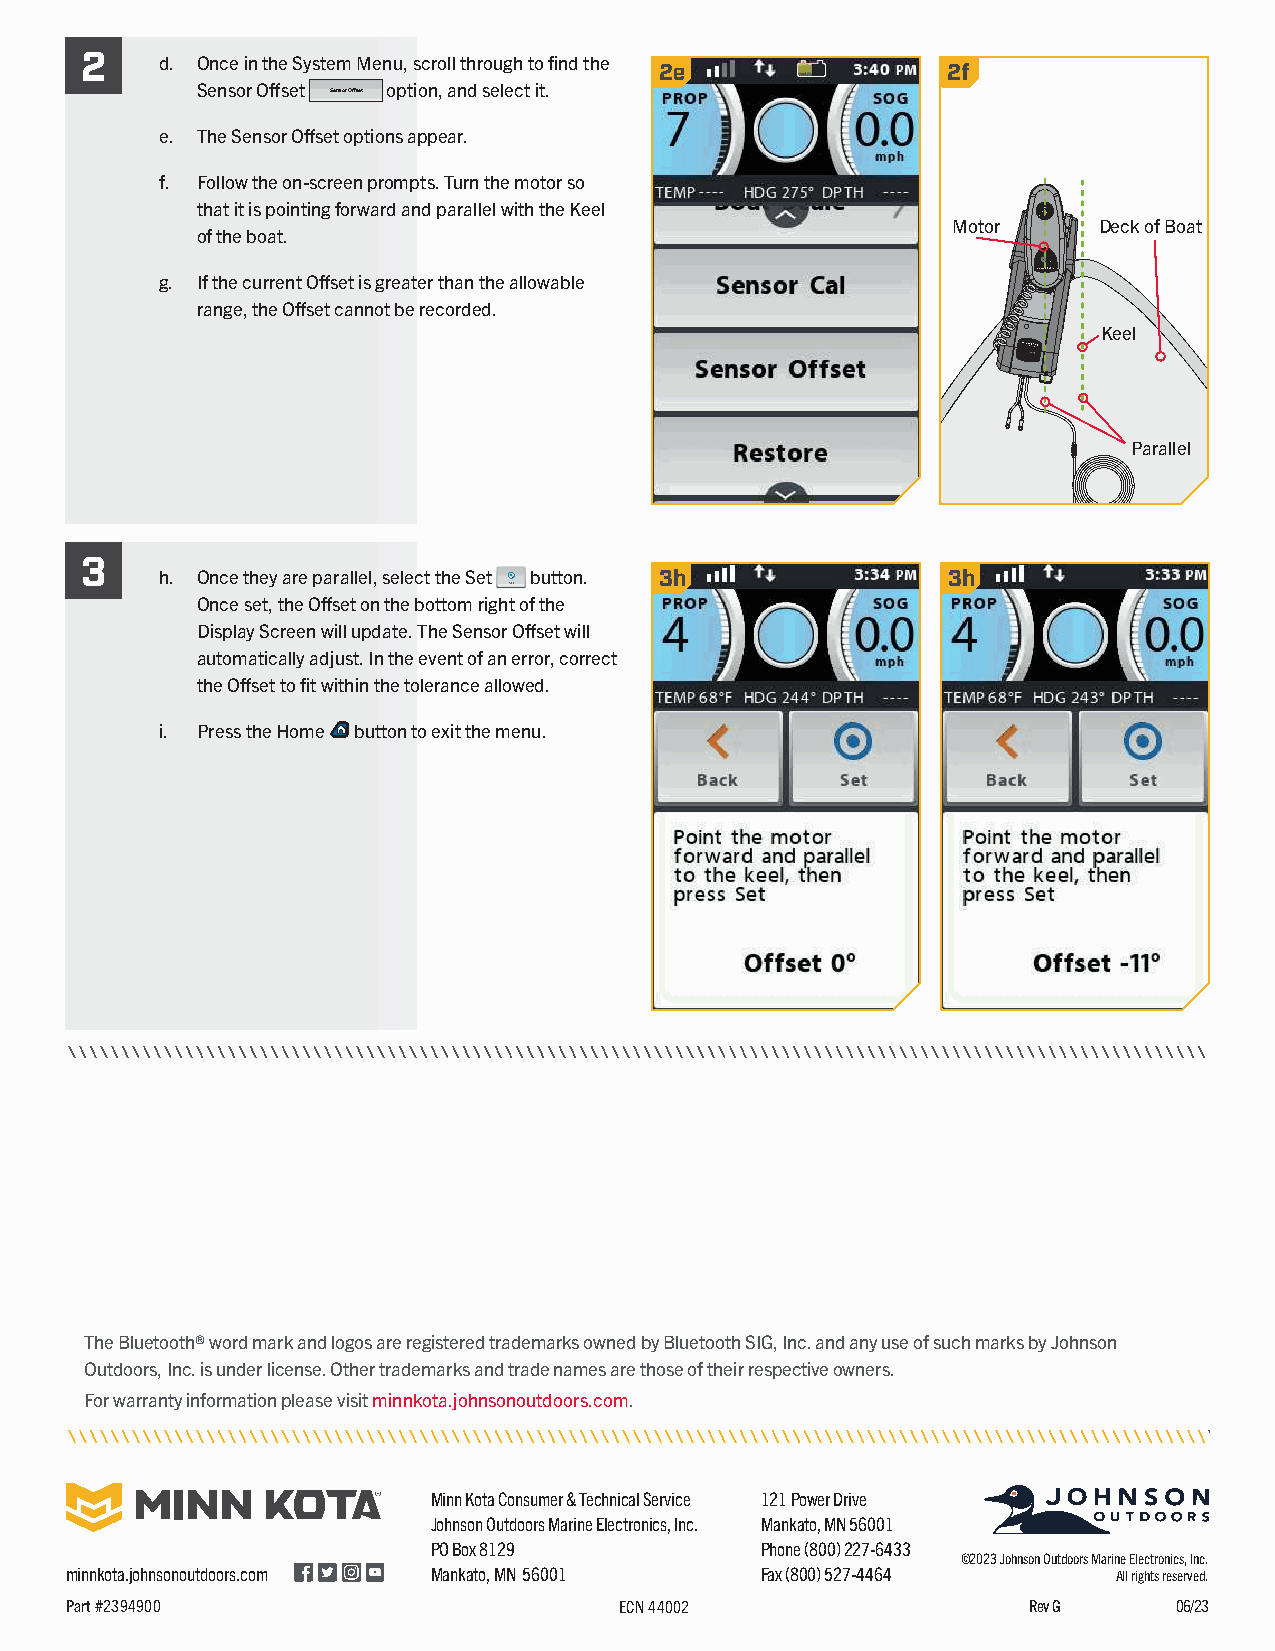
2
 d. Once in the System Menu, scroll through to find the 2e 2f
 Sensor Offset Sensor Offset option, and select it.
 e. The Sensor Offset options appear.
 f. Follow the on-screen prompts. Turn the motor so
 that it is pointing forward and parallel with the Keel
 Motor     Deck of Boat
 of the boat.
 g. If the current Offset is greater than the allowable
 range, the Offset cannot be recorded.
 Keel
 Parallel
 3
 h. Once they are parallel, select the Set button. 3h 3h
 Set
 Once set, the Offset on the bottom right of the
 Display Screen will update. The Sensor Offset will
 automatically adjust. In the event of an error, correct
 the Offset to fit within the tolerance allowed.
 i. Press the Home button to exit the menu.
 The Bluetooth® word mark and logos are registered trademarks owned by Bluetooth SIG, Inc. and any use of such marks by Johnson
 Outdoors, Inc. is under license. Other trademarks and trade names are those of their respective owners.
 For warranty information please visit minnkota.johnsonoutdoors.com.
 Minn Kota Consumer & Technical Service 121 Power Drive
 Johnson Outdoors Marine Electronics, Inc. Mankato, MN 56001
 PO Box 8129          Phone (800) 227-6433
 ©2023 Johnson Outdoors Marine Electronics, Inc.
 minnkota.johnsonoutdoors.com Mankato, MN 56001 Fax (800) 527-4464     All rights reserved.
 Part #2394900                        ECN 44002                  Rev G     06/23